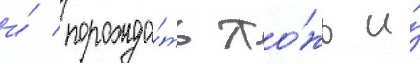
и́ порожда́ть ло́жь и́